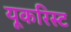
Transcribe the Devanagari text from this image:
यूकरिस्ट